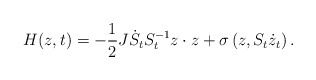
\begin{align*}H(z,t)=-\frac{1}{2}J\dot{S}_{t}S_{t}^{-1}z\cdot z+\sigma\left( z,S_{t}\dot{z}_{t}\right) . \end{align*}